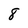
Character: 8